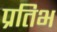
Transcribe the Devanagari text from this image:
प्रतिभ